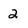
Character: 2